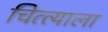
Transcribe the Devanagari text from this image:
चित्त्याला